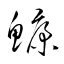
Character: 鱇